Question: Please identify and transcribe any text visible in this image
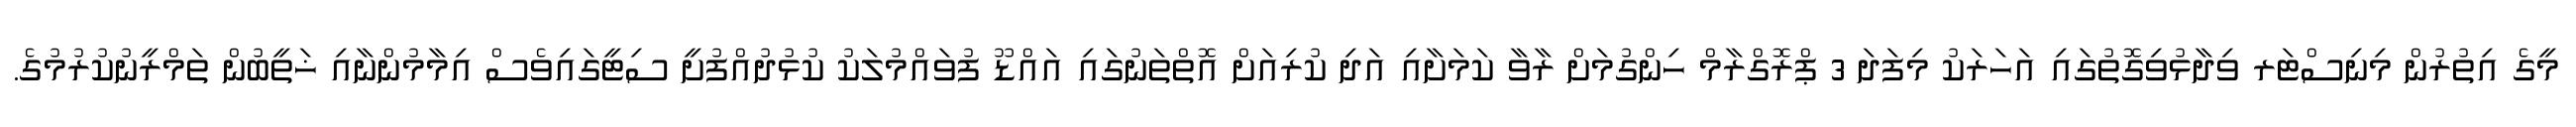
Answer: މީގެ އިތުރުން މިނިސްޓަރ ވިދާޅުވިގޮތުގައި އަހަރަކު މިފަދަ 3 ޕްރޮގްރާމް ހިންގުމަށް ރާވާ ކަމަށާއި އަދި ކުރިއަށް އޮތްތަނުގައި އައްޑޫ ފުވައްމުލަކު ކުޅުދުއްފުށީ ސިޓީގައިވެސް އިމާމުންނާއި ޚަތީބުން ތަމްރީނުކުރުމުގެ.